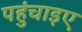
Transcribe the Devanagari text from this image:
पहुंचाइए